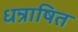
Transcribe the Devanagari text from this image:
धन्राषित